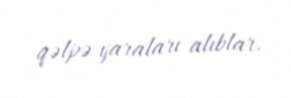
qəlpə yaraları alıblar.